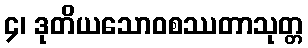
၄၊ ဒုတိယသောဝစဿတာသုတ္တ